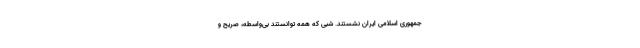
جمهوری اسلامی ایران نشستند. شبی که همه توانستند بی‌واسطه، صریح و